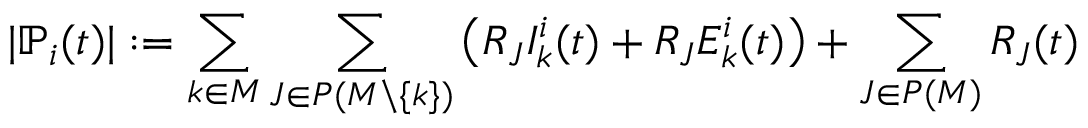
| \mathbb { P } _ { i } ( t ) | : = \sum _ { k \in M } \sum _ { J \in P ( M \backslash \{ k \} ) } \big ( R _ { J } I _ { k } ^ { i } ( t ) + R _ { J } E _ { k } ^ { i } ( t ) \big ) + \sum _ { J \in P ( M ) } R _ { J } ( t )